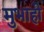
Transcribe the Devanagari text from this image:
मुभाही